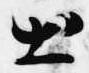
出